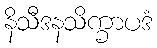
နိသီဒနသိက္ခာပဒံ